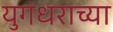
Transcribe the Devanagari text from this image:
युगंधराच्या